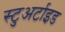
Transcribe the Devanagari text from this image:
स्टुअर्टाइड